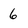
Character: 6